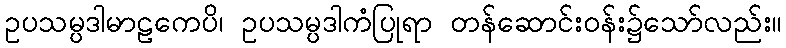
ဥပသမ္ပဒါမာဠကေပိ၊ ဥပသမ္ပဒါကံပြုရာ တန်ဆောင်းဝန်း၌သော်လည်း။